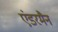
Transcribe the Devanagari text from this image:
एंडरमैन